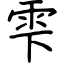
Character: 雫